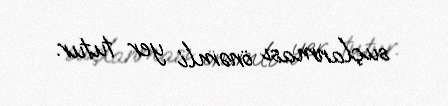
suçlanması önəmli yer tutur.